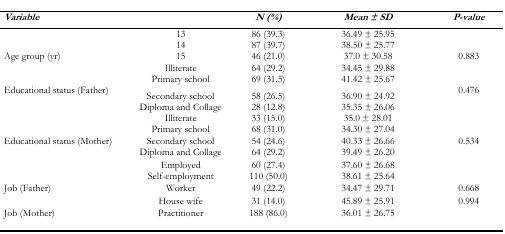
| Variable |  | N (%) | Mean ± SD | P-value |
 | --- | --- | --- | --- | --- |
 | <ROWSPAN=3> Age group (yr) | 13 | 86 (39.3) | 36.49 ± 25.95 |  |
 | 14 | 87 (39.7) | 38.50 ± 25.77 |  |
 | 15 | 46 (21.0) | 37.0 ± 30.58 | 0.883 |
 | <ROWSPAN=4> Educational status (Father) | Illiterate | 64 (29.2) | 34.45 ± 29.88 |  |
 | Primary school | 69 (31.5) | 41.42 ± 25.67 |  |
 | Secondary school | 58 (26.5) | 36.90 ± 24.92 | 0.476 |
 | Diploma and Collage | 28 (12.8) | 35.35 ± 26.06 |  |
 | <ROWSPAN=4> Educational status (Mother) | Illiterate | 33 (15.0) | 35.0 ± 28.01 |  |
 | Primary school | 68 (31.0) | 34.30 ± 27.04 |  |
 | Secondary school | 54 (24.6) | 40.33 ± 26.66 | 0.534 |
 | Diploma and Collage | 64 (29.2) | 39.49 ± 26.20 |  |
 | <ROWSPAN=3> Job (Father) | Employed | 60 (27.4) | 37.60 ± 26.68 |  |
 | Self-employment | 110 (50.0) | 38.61 ± 25.64 |  |
 | Worker | 49 (22.2) | 34.47 ± 29.71 | 0.668 |
 | <ROWSPAN=2> Job (Mother) | House wife | 31 (14.0) | 45.89 ± 25.91 | 0.994 |
 | Practitioner | 188 (86.0) | 36.01 ± 26.75 |  |